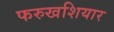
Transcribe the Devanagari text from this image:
फरुखशियार